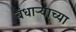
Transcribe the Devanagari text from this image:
बंधाऱ्याच्या